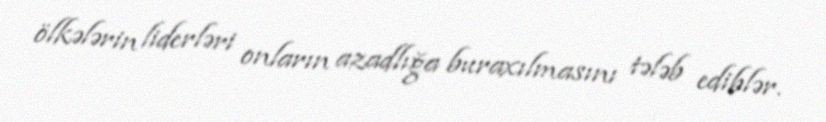
ölkələrin liderləri onların azadlığa buraxılmasını tələb ediblər.